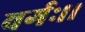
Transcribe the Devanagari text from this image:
वर्गः।।